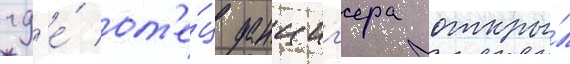
гд'е́ от'е́ц данциг'ера откры́л